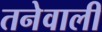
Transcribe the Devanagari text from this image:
तनेवाली